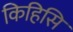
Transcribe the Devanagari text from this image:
किहिसि